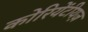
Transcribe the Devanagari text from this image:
कोरियेंटीयज़